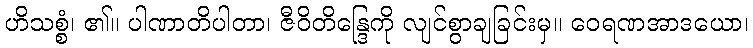
ဟိသစ္စံ၊ ၏။ ပါဏာတိပါတာ၊ ဇီဝိတိန္ဒြေကို လျင်စွာချခြင်းမှ။ ဝေရဏအာဒယော၊